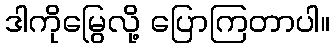
ဒါကိုမြွေလို့ ပြောကြတာပါ။